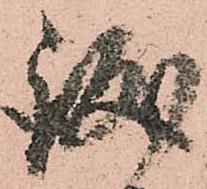
誠